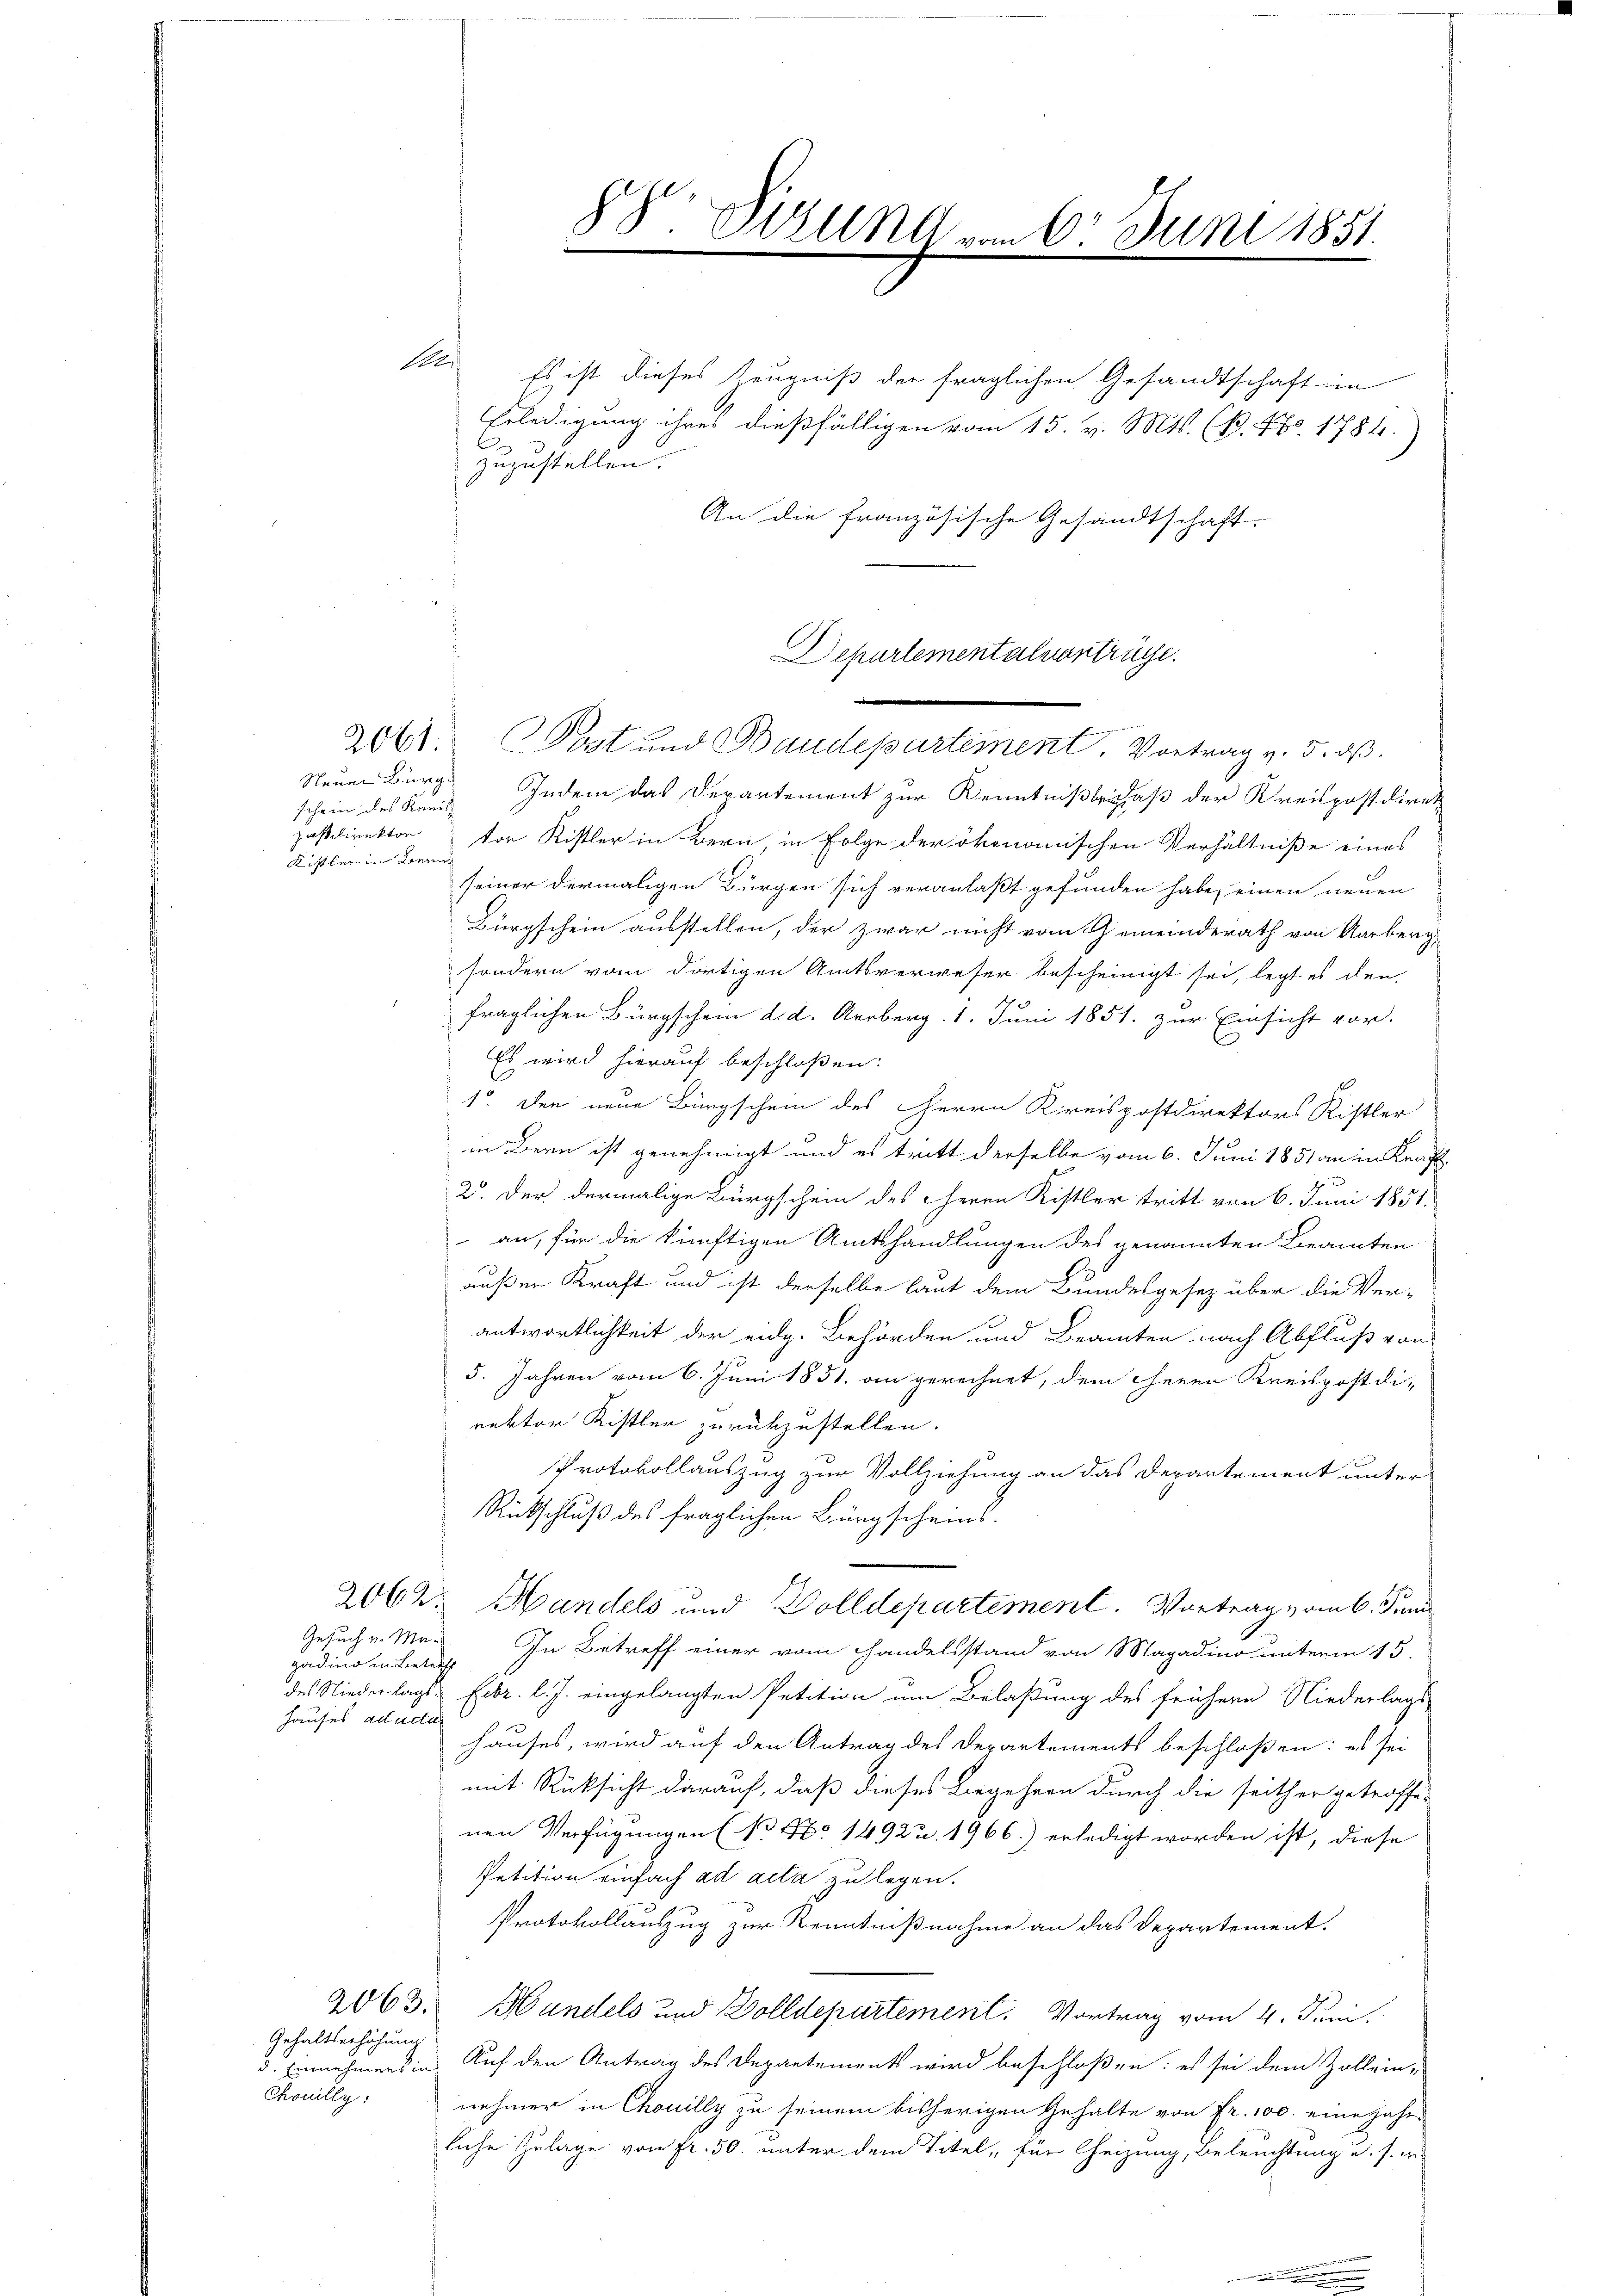
schein des Kreis
pastdirektor
Kittler in Bezir

Gesuch v. Magading in Betr
Hauses ad acti

Gehaltserhöhung
d. Einnehmens in
Chouilly,

2063.

Pole

Es ist dieses Zeugniß der fraglichen Gesandtschaft in
Erledigung ihres dießfälligen vom 15. v. Mts. (p. 48. 1784.)
zuzustellen.
An die französische Gesandtschaft.
Departementalverträge.

88 Sizung vom 6. Juni 1851.

.
2061. Post und Baudepartement. Vortrag v. 5. ds.

Neuen Burg. Indem das Departement zur Kenntniß beigaß der Kreispostdiret
tor Ristler in Bern, in Folge der ökonomischen Verhältniße eines
seiner dermaligen Bürgen sich veranlaßt gefunden habe, einen neuen
Bürgschein ausstellen, der zwar nicht vom Gemeinderath von Aarberg,
sondern vom dortigen Amtsverweser bescheinigt sei, legt es den
fraglichen Bürgschein d. d. Aerberg. 1. Juni 1851. zur Einsicht vor.
Es wird hierauf beschloßen:
1. Den neue Bürgschein des Herrn Kreispostdirektors Ristler
in Bern ist genehmigt und es tritt derselbe vom 6. Juni 1851 an in Kraft
2. Der dermalige Bürgschein des HHerrn Kistler tritt von 6. Juni 1851.
an, für die künftigen Amtshandlungen des genannten Beamten
außer Kraft und ist derselbe laut dem Bundesgesez über die Ver-
antwortlichkeit der eidg. Behörden und Beamten nach Abfluß von
5. Jahren vom 6. Juni 1831. an gerechnet, dem Theren Kreispostdi-
rektor Kistler zurückzustellen.
Protokollauszug zur Vollziehung an das Departement unter
Rückschluß des fraglichen Bürgscheins.
2062. Handels und Dolldepartement. Vortrag vom 6. Juni
In Betreff einer vom Handelsstand von Magadino unterm 15.
i
des Niederlag. Febr. l. J. eingelangten Petition um Belaßung des frühern Niederlags-
hauses, wird auf den Antrag des Departements beschloßen: es sei
mit Rücksicht darauf, daß dieses Begehren durch die seither getroffe-
nen Verfügungen (Bo No 14922. 1966.) erledigt worden ist, diese
Petition einfach ad acta zu legen.
Protokollauszug zur Kenntnißnahme an das Departement.
Handels und Dolldepartement. Vortrag vom 4. Juni.
Auf den Antrag des Departements wird beschloßen: es sei dem Zolleinnehmer in Chouilly zu seinem bisherigen Gehalte von Fr. 100. eine jahre
liche Zulage von Fr. 50. unter dem Titel, für Cheizung, Beleuchtung u. s. ge